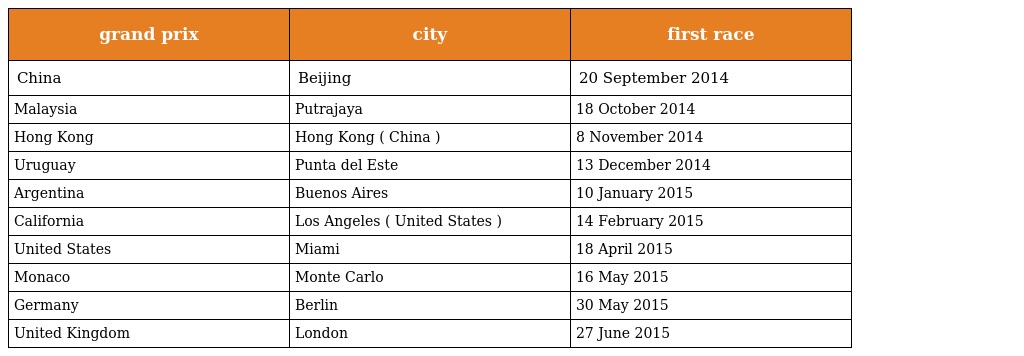
| grand prix | city | first race |
 | --- | --- | --- |
 | China | Beijing | 20 September 2014 |
 | Malaysia | Putrajaya | 18 October 2014 |
 | Hong Kong | Hong Kong ( China ) | 8 November 2014 |
 | Uruguay | Punta del Este | 13 December 2014 |
 | Argentina | Buenos Aires | 10 January 2015 |
 | California | Los Angeles ( United States ) | 14 February 2015 |
 | United States | Miami | 18 April 2015 |
 | Monaco | Monte Carlo | 16 May 2015 |
 | Germany | Berlin | 30 May 2015 |
 | United Kingdom | London | 27 June 2015 |